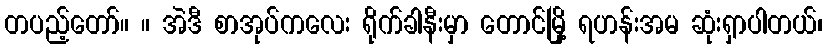
တပည့်တော်။ ။ အဲဒီ စာအုပ်ကလေး ရိုက်ခါနီးမှာ တောင်မြို့ ရဟန်းအမ ဆုံးရှာပါတယ်၊